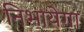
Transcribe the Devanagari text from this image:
निभायेगा